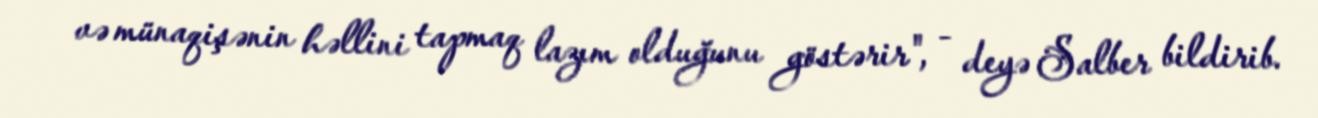
və münaqişənin həllini tapmaq lazım olduğunu göstərir", - deyə Salber bildirib.